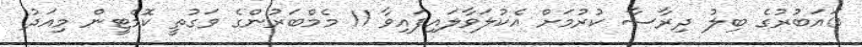
ައަބުރުގެ ބިލު ދިރާސާ ކުރުމަށް އެކުލަވާލައިފައިވާ 11 މެމްބަރުންގެ ވަގުތީ ކޮމެޓީން މިއަދު